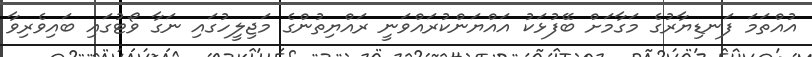
އުއްތަމަ ފަނޑިޔާރުގެ މަގާމަށް ބޭފުޅަކު އައްޔަންކުރައްވަނީ ރައްޔިތުންގެ މަޖިލީހުގައި ނަގާ ވޯޓުގައި ބައިވެރިވާ